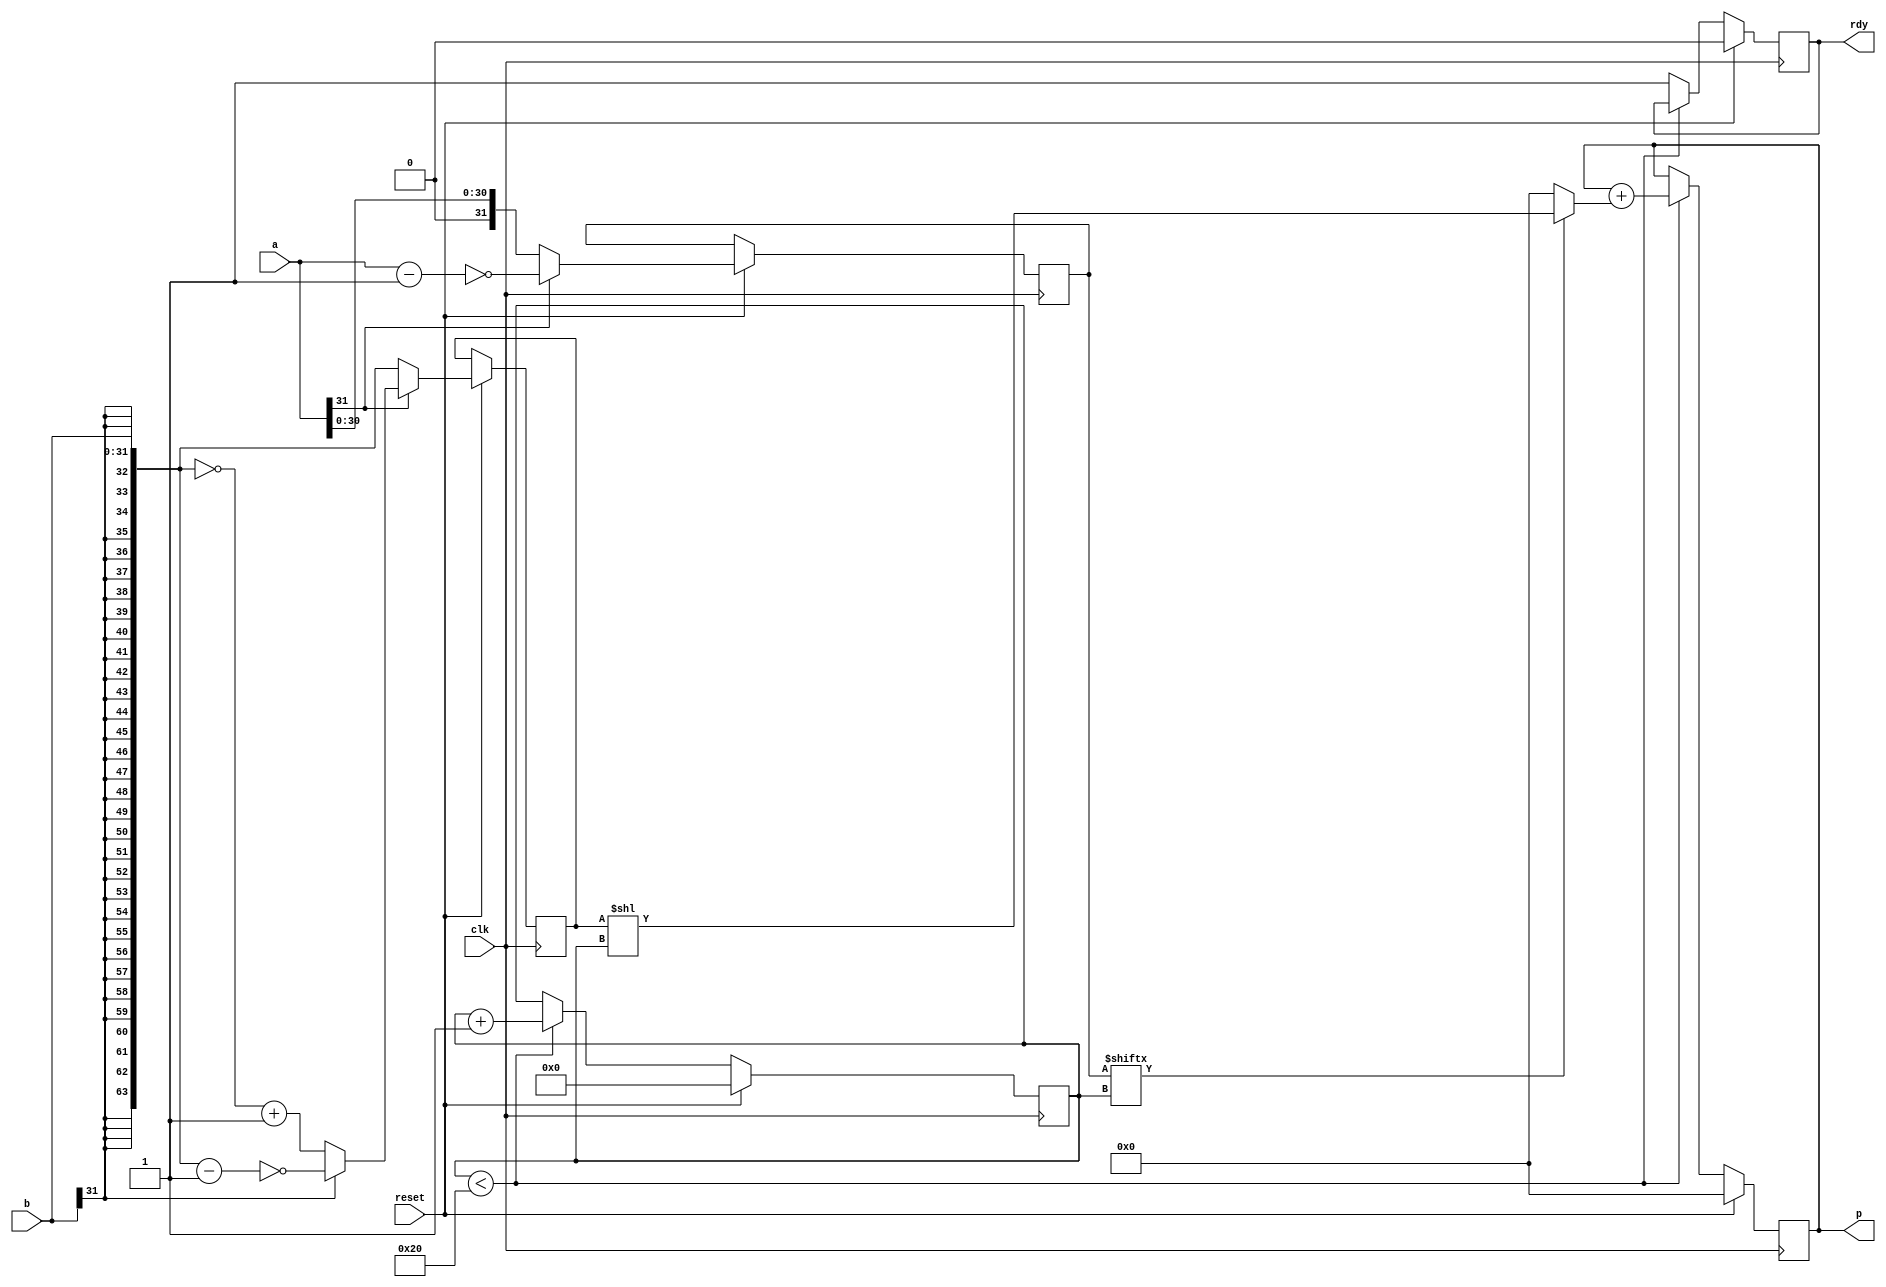
//                              -*- Mode: Verilog -*-
// Description     : Sequential multiplier

// The following code has been tested for all extreme values and is also synthesizable with 103 LUTs and 66 FFs being consumed of the FPGA (when directly synthesised with Vivado).
// Result of synthesis has been given in the folder in which this file is located and along with it the elaborated design has also been shown

//The logic I have used to reduce the size of multiplier is if input 'a' is negative then it is converted into positive value and negative of 'b' is extended and given to multiplicand.


`define width 32
`define ctrwidth 6
`define mult_width 2*`width

module seq_mult (
		 // Outputs
		 p, rdy, 
		 // Inputs
		 clk, reset, a, b
		 ) ;
	input clk, reset;
	input [`width-1:0] a, b;
	// *** Output declaration for 'p'
	output reg [`mult_width-1:0] p;
	output rdy;
   
	// *** Register declarations for p, multiplier, multiplicand
	reg rdy;
	reg [`ctrwidth-1:0] ctr;
	reg [`width-1:0] multiplier;
	reg [`mult_width-1:0] multiplicand;

	wire [`mult_width-1:0] mux_wire;

	assign mux_wire = (multiplier[ctr]) ? (multiplicand << ctr) : 0;

	//This function is used to return 2's complement. It also extends the input to double the size (as defined above)
	function automatic [`mult_width-1:0] negate;
		input [`width-1:0] x;
		begin
			if (x[`width-1])
				negate =  ~( {{(`mult_width-`width){b[`width-1]}}, b} - 1);
			else
				negate =  ~( {{(`mult_width-`width){b[`width-1]}}, b}) + 1;
		end
	endfunction

	always @(posedge clk)
		if (reset) 
		begin
			rdy <= 0;
			p <= 0;
			ctr <= 0;
			
			if (a[`width-1])
			begin
				multiplier <= ~(a-1);
				multiplicand <= negate(b);
			end

			else
			begin
				multiplier <= a;
				multiplicand <= {{(`mult_width-`width){b[`width-1]}}, b};
			end
		end 

		else
		begin 
			if (ctr < `width) 
			begin
			// *** Code for multiplication
				p <= p + mux_wire;
				ctr <= ctr+1;
			end 

			else 
			begin
				rdy <= 1; 		// Assert 'rdy' signal to indicate end of multiplication
			end
		end

endmodule // seqmult